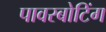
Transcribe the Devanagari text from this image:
पावरबोटिंग